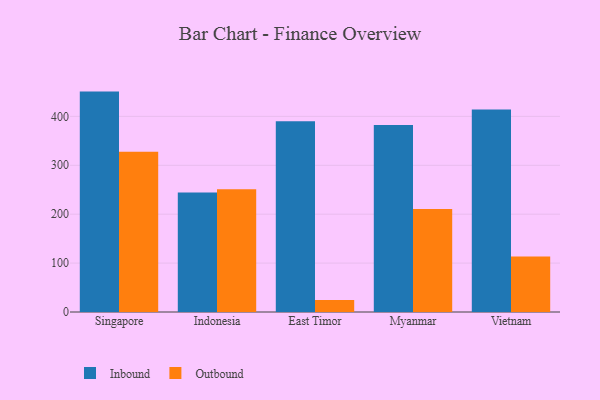
{"axis": {"x": "Country", "y": "Active Users"}, "legend": ["Inbound", "Outbound"], "data": [{"x": "Singapore", "y": 450.7, "type": "Inbound"}, {"x": "Singapore", "y": 327.8, "type": "Outbound"}, {"x": "Indonesia", "y": 244.6, "type": "Inbound"}, {"x": "Indonesia", "y": 251.0, "type": "Outbound"}, {"x": "East Timor", "y": 389.9, "type": "Inbound"}, {"x": "East Timor", "y": 24.7, "type": "Outbound"}, {"x": "Myanmar", "y": 382.6, "type": "Inbound"}, {"x": "Myanmar", "y": 210.6, "type": "Outbound"}, {"x": "Vietnam", "y": 414.0, "type": "Inbound"}, {"x": "Vietnam", "y": 113.4, "type": "Outbound"}]}